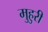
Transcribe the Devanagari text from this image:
मुहुरी